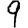
Digit: 9